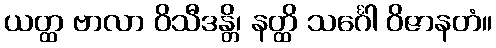
ယတ္ထ ဗာလာ ဝိသီဒန္တိ၊ နတ္ထိ သင်္ဂေါ ဝိဇာနတံ။